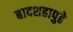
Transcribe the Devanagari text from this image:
बादशहापुढे